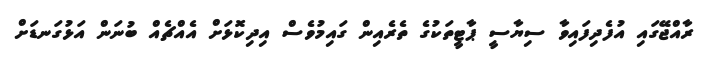
ރާއްޖޭގައި އުފެދިފައިވާ ސިޔާސީ ޕާޓީތަކުގެ ތެރެއިން ގައިމުވެސް އިދިކޮޅަށް އެއްޗެއް ބުނަން އަޅުގަނޑަށް